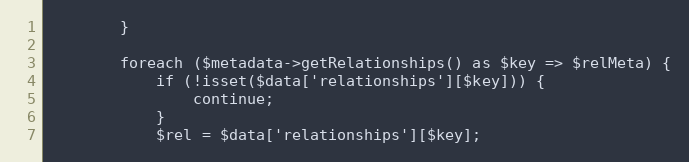
Language: PHP
        }

        foreach ($metadata->getRelationships() as $key => $relMeta) {
            if (!isset($data['relationships'][$key])) {
                continue;
            }
            $rel = $data['relationships'][$key];